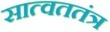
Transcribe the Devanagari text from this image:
सात्वततंत्र